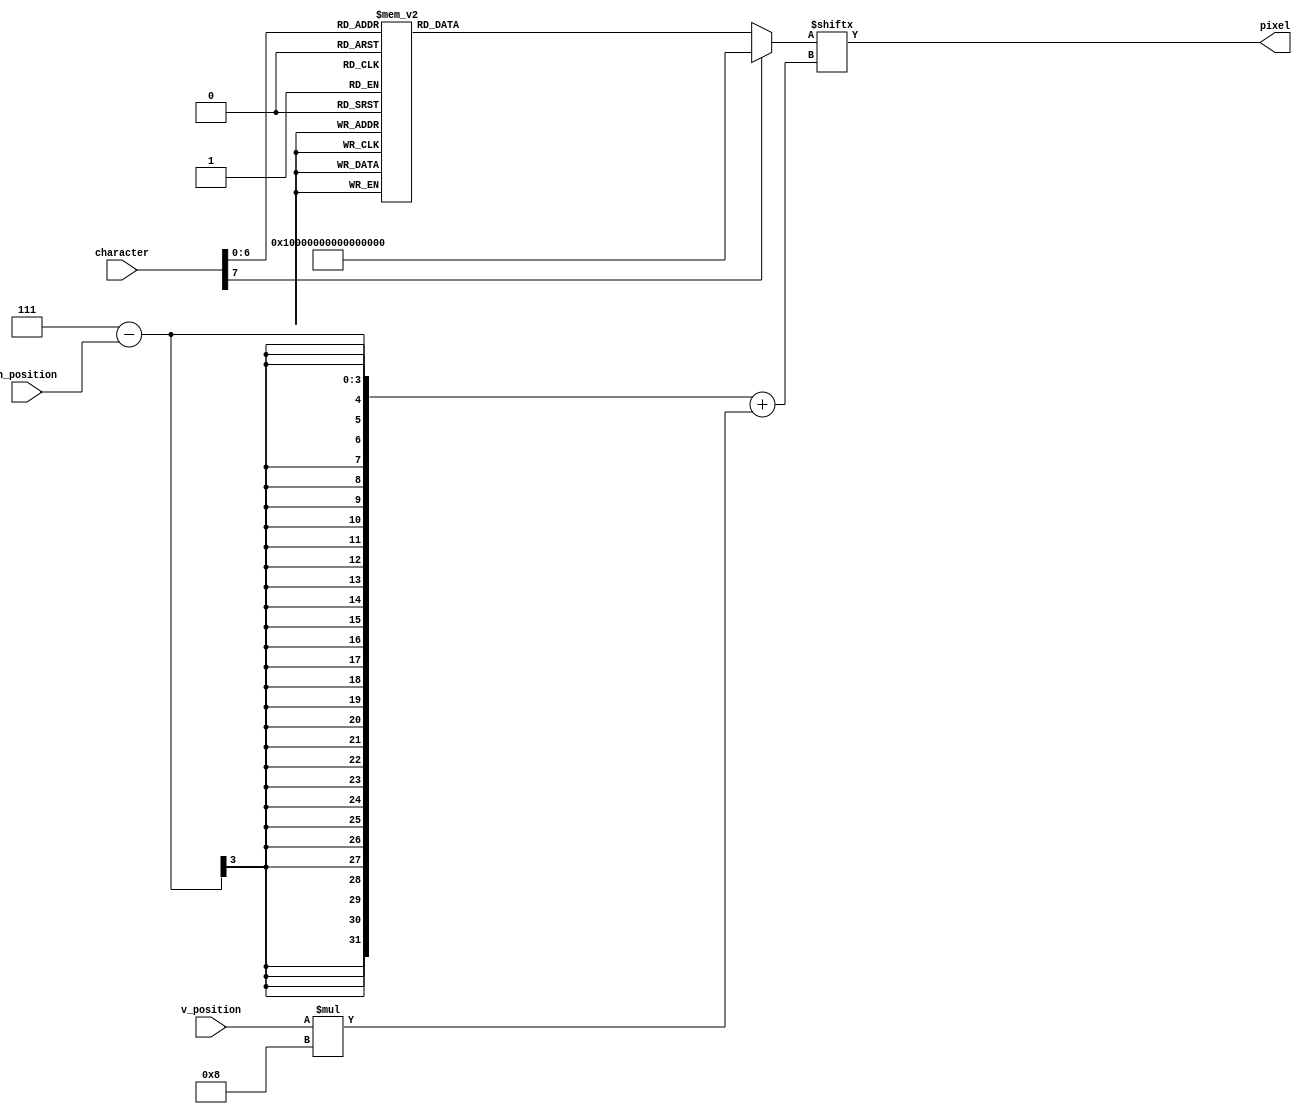
module character_lookup(character, h_position, v_position, pixel);
	// this module is based on Tim Hollabach's (former student) peripheral project from Comp Arch 2018
    input [7:0] character;
    input [2:0] h_position;
    input [2:0] v_position;

    output pixel;

    reg [63:0] character_data;
	 
	 // this module is basically a 64-bit 128-to-1 mux with the character code (8-bit) being the select and the output being the character data
	 // then a 1-bit 64-to-1 mux selects the bit within the 64-bits of character data based on the h_position and v_position
	 
	 // @todo convert this to actually be implemented with a 64-bit 128-to-1 mux and a 1-bit 64-to-1 mux
	 
	 // character data for some ASCII characters
	 // note _ and the following character have been replaced with a visual represantation of a 0 and 1 (off and on)
    always @ (character) begin
        case (character)
            8'd0: begin
                character_data[07:00] <= 8'b10100000;
                character_data[15:08] <= 8'b11100000;
                character_data[23:16] <= 8'b10100000;
                character_data[31:24] <= 8'b00101000;
                character_data[39:32] <= 8'b00101000;
                character_data[47:40] <= 8'b00010100;
                character_data[55:48] <= 8'b00000100;
                character_data[63:56] <= 8'b00000111;
            end

            8'd32: begin
                character_data[07:00] <= 8'b00000000;
                character_data[15:08] <= 8'b00000000;
                character_data[23:16] <= 8'b00000000;
                character_data[31:24] <= 8'b00000000;
                character_data[39:32] <= 8'b00000000;
                character_data[47:40] <= 8'b00000000;
                character_data[55:48] <= 8'b00000000;
                character_data[63:56] <= 8'b00000000;
            end

            8'd33: begin
                character_data[07:00] <= 8'b00000000;
                character_data[15:08] <= 8'b00100000;
                character_data[23:16] <= 8'b00100000;
                character_data[31:24] <= 8'b00100000;
                character_data[39:32] <= 8'b00000000;
                character_data[47:40] <= 8'b00100000;
                character_data[55:48] <= 8'b00000000;
                character_data[63:56] <= 8'b00000000;
            end

            8'd34: begin
                character_data[07:00] <= 8'b00000000;
                character_data[15:08] <= 8'b00101000;
                character_data[23:16] <= 8'b00101000;
                character_data[31:24] <= 8'b00000000;
                character_data[39:32] <= 8'b00000000;
                character_data[47:40] <= 8'b00000000;
                character_data[55:48] <= 8'b00000000;
                character_data[63:56] <= 8'b00000000;
            end

            8'd35: begin
                character_data[07:00] <= 8'b00000000;
                character_data[15:08] <= 8'b00101000;
                character_data[23:16] <= 8'b01111100;
                character_data[31:24] <= 8'b00101000;
                character_data[39:32] <= 8'b01111100;
                character_data[47:40] <= 8'b00101000;
                character_data[55:48] <= 8'b00000000;
                character_data[63:56] <= 8'b00000000;
            end

            8'd36: begin
                character_data[07:00] <= 8'b00000000;
                character_data[15:08] <= 8'b00111100;
                character_data[23:16] <= 8'b01010000;
                character_data[31:24] <= 8'b00111000;
                character_data[39:32] <= 8'b00010100;
                character_data[47:40] <= 8'b00111000;
                character_data[55:48] <= 8'b00000000;
                character_data[63:56] <= 8'b00000000;
            end

            8'd37: begin
                character_data[07:00] <= 8'b00000000;
                character_data[15:08] <= 8'b01000100;
                character_data[23:16] <= 8'b00001000;
                character_data[31:24] <= 8'b00010000;
                character_data[39:32] <= 8'b00100000;
                character_data[47:40] <= 8'b01000100;
                character_data[55:48] <= 8'b00000000;
                character_data[63:56] <= 8'b00000000;
            end

            8'd38: begin
                character_data[07:00] <= 8'b00000000;
                character_data[15:08] <= 8'b00110000;
                character_data[23:16] <= 8'b01000000;
                character_data[31:24] <= 8'b00110000;
                character_data[39:32] <= 8'b01001100;
                character_data[47:40] <= 8'b00111000;
                character_data[55:48] <= 8'b00000000;
                character_data[63:56] <= 8'b00000000;
            end

            8'd39: begin
                character_data[07:00] <= 8'b00000000;
                character_data[15:08] <= 8'b00010000;
                character_data[23:16] <= 8'b00010000;
                character_data[31:24] <= 8'b00000000;
                character_data[39:32] <= 8'b00000000;
                character_data[47:40] <= 8'b00000000;
                character_data[55:48] <= 8'b00000000;
                character_data[63:56] <= 8'b00000000;
            end

            8'd40: begin
                character_data[07:00] <= 8'b00000000;
                character_data[15:08] <= 8'b00010000;
                character_data[23:16] <= 8'b00100000;
                character_data[31:24] <= 8'b00100000;
                character_data[39:32] <= 8'b00100000;
                character_data[47:40] <= 8'b00010000;
                character_data[55:48] <= 8'b00000000;
                character_data[63:56] <= 8'b00000000;
            end

            8'd41: begin
                character_data[07:00] <= 8'b00000000;
                character_data[15:08] <= 8'b00100000;
                character_data[23:16] <= 8'b00010000;
                character_data[31:24] <= 8'b00010000;
                character_data[39:32] <= 8'b00010000;
                character_data[47:40] <= 8'b00100000;
                character_data[55:48] <= 8'b00000000;
                character_data[63:56] <= 8'b00000000;
            end

            8'd42: begin
                character_data[07:00] <= 8'b00000000;
                character_data[15:08] <= 8'b00101000;
                character_data[23:16] <= 8'b00010000;
                character_data[31:24] <= 8'b00101000;
                character_data[39:32] <= 8'b00000000;
                character_data[47:40] <= 8'b00000000;
                character_data[55:48] <= 8'b00000000;
                character_data[63:56] <= 8'b00000000;
            end

            8'd43: begin
                character_data[07:00] <= 8'b00000000;
                character_data[15:08] <= 8'b00000000;
                character_data[23:16] <= 8'b00010000;
                character_data[31:24] <= 8'b00111000;
                character_data[39:32] <= 8'b00010000;
                character_data[47:40] <= 8'b00000000;
                character_data[55:48] <= 8'b00000000;
                character_data[63:56] <= 8'b00000000;
            end

            8'd44: begin
                character_data[07:00] <= 8'b00000000;
                character_data[15:08] <= 8'b00000000;
                character_data[23:16] <= 8'b00000000;
                character_data[31:24] <= 8'b00000000;
                character_data[39:32] <= 8'b00000000;
                character_data[47:40] <= 8'b00100000;
                character_data[55:48] <= 8'b00100000;
                character_data[63:56] <= 8'b01000000;
            end

            8'd45: begin
                character_data[07:00] <= 8'b00000000;
                character_data[15:08] <= 8'b00000000;
                character_data[23:16] <= 8'b00000000;
                character_data[31:24] <= 8'b00111000;
                character_data[39:32] <= 8'b00000000;
                character_data[47:40] <= 8'b00000000;
                character_data[55:48] <= 8'b00000000;
                character_data[63:56] <= 8'b00000000;
            end

            8'd46: begin
                character_data[07:00] <= 8'b00000000;
                character_data[15:08] <= 8'b00000000;
                character_data[23:16] <= 8'b00000000;
                character_data[31:24] <= 8'b00000000;
                character_data[39:32] <= 8'b00000000;
                character_data[47:40] <= 8'b00100000;
                character_data[55:48] <= 8'b00000000;
                character_data[63:56] <= 8'b00000000;
            end

            8'd47: begin
                character_data[07:00] <= 8'b00000000;
                character_data[15:08] <= 8'b00000100;
                character_data[23:16] <= 8'b00001000;
                character_data[31:24] <= 8'b00010000;
                character_data[39:32] <= 8'b00100000;
                character_data[47:40] <= 8'b01000000;
                character_data[55:48] <= 8'b00000000;
                character_data[63:56] <= 8'b00000000;
            end

            8'd48: begin
                character_data[07:00] <= 8'b00000000;
                character_data[15:08] <= 8'b00111000;
                character_data[23:16] <= 8'b01000100;
                character_data[31:24] <= 8'b01000100;
                character_data[39:32] <= 8'b01000100;
                character_data[47:40] <= 8'b00111000;
                character_data[55:48] <= 8'b00000000;
                character_data[63:56] <= 8'b00000000;
            end

            8'd49: begin
                character_data[07:00] <= 8'b00000000;
                character_data[15:08] <= 8'b00110000;
                character_data[23:16] <= 8'b01010000;
                character_data[31:24] <= 8'b00010000;
                character_data[39:32] <= 8'b00010000;
                character_data[47:40] <= 8'b01111100;
                character_data[55:48] <= 8'b00000000;
                character_data[63:56] <= 8'b00000000;
            end

            8'd50: begin
                character_data[07:00] <= 8'b00000000;
                character_data[15:08] <= 8'b00111000;
                character_data[23:16] <= 8'b01000100;
                character_data[31:24] <= 8'b00011000;
                character_data[39:32] <= 8'b00100000;
                character_data[47:40] <= 8'b01111100;
                character_data[55:48] <= 8'b00000000;
                character_data[63:56] <= 8'b00000000;
            end

            8'd51: begin
                character_data[07:00] <= 8'b00000000;
                character_data[15:08] <= 8'b01110000;
                character_data[23:16] <= 8'b00001000;
                character_data[31:24] <= 8'b00110000;
                character_data[39:32] <= 8'b00001000;
                character_data[47:40] <= 8'b01110000;
                character_data[55:48] <= 8'b00000000;
                character_data[63:56] <= 8'b00000000;
            end

            8'd52: begin
                character_data[07:00] <= 8'b00000000;
                character_data[15:08] <= 8'b01000100;
                character_data[23:16] <= 8'b01000100;
                character_data[31:24] <= 8'b01111100;
                character_data[39:32] <= 8'b00000100;
                character_data[47:40] <= 8'b00000100;
                character_data[55:48] <= 8'b00000000;
                character_data[63:56] <= 8'b00000000;
            end

            8'd53: begin
                character_data[07:00] <= 8'b00000000;
                character_data[15:08] <= 8'b01111100;
                character_data[23:16] <= 8'b01000000;
                character_data[31:24] <= 8'b01111000;
                character_data[39:32] <= 8'b00000100;
                character_data[47:40] <= 8'b01111000;
                character_data[55:48] <= 8'b00000000;
                character_data[63:56] <= 8'b00000000;
            end

            8'd54: begin
                character_data[07:00] <= 8'b00000000;
                character_data[15:08] <= 8'b00111000;
                character_data[23:16] <= 8'b01000000;
                character_data[31:24] <= 8'b01111000;
                character_data[39:32] <= 8'b01000100;
                character_data[47:40] <= 8'b00111000;
                character_data[55:48] <= 8'b00000000;
                character_data[63:56] <= 8'b00000000;
            end

            8'd55: begin
                character_data[07:00] <= 8'b00000000;
                character_data[15:08] <= 8'b01111100;
                character_data[23:16] <= 8'b00001000;
                character_data[31:24] <= 8'b00010000;
                character_data[39:32] <= 8'b00010000;
                character_data[47:40] <= 8'b00010000;
                character_data[55:48] <= 8'b00000000;
                character_data[63:56] <= 8'b00000000;
            end

            8'd56: begin
                character_data[07:00] <= 8'b00000000;
                character_data[15:08] <= 8'b00111000;
                character_data[23:16] <= 8'b01000100;
                character_data[31:24] <= 8'b00111000;
                character_data[39:32] <= 8'b01000100;
                character_data[47:40] <= 8'b00111000;
                character_data[55:48] <= 8'b00000000;
                character_data[63:56] <= 8'b00000000;
            end

            8'd57: begin
                character_data[07:00] <= 8'b00000000;
                character_data[15:08] <= 8'b00111000;
                character_data[23:16] <= 8'b01000100;
                character_data[31:24] <= 8'b00111100;
                character_data[39:32] <= 8'b00000100;
                character_data[47:40] <= 8'b00111000;
                character_data[55:48] <= 8'b00000000;
                character_data[63:56] <= 8'b00000000;
            end

            8'd58: begin
                character_data[07:00] <= 8'b00000000;
                character_data[15:08] <= 8'b00000000;
                character_data[23:16] <= 8'b00010000;
                character_data[31:24] <= 8'b00000000;
                character_data[39:32] <= 8'b00010000;
                character_data[47:40] <= 8'b00000000;
                character_data[55:48] <= 8'b00000000;
                character_data[63:56] <= 8'b00000000;
            end

            8'd59: begin
                character_data[07:00] <= 8'b00000000;
                character_data[15:08] <= 8'b00000000;
                character_data[23:16] <= 8'b00010000;
                character_data[31:24] <= 8'b00000000;
                character_data[39:32] <= 8'b00010000;
                character_data[47:40] <= 8'b00010000;
                character_data[55:48] <= 8'b00100000;
                character_data[63:56] <= 8'b00000000;
            end

            8'd60: begin
                character_data[07:00] <= 8'b00000000;
                character_data[15:08] <= 8'b00001000;
                character_data[23:16] <= 8'b00110000;
                character_data[31:24] <= 8'b01000000;
                character_data[39:32] <= 8'b00110000;
                character_data[47:40] <= 8'b00001000;
                character_data[55:48] <= 8'b00000000;
                character_data[63:56] <= 8'b00000000;
            end

            8'd61: begin
                character_data[07:00] <= 8'b00000000;
                character_data[15:08] <= 8'b00000000;
                character_data[23:16] <= 8'b01111100;
                character_data[31:24] <= 8'b00000000;
                character_data[39:32] <= 8'b01111100;
                character_data[47:40] <= 8'b00000000;
                character_data[55:48] <= 8'b00000000;
                character_data[63:56] <= 8'b00000000;
            end

            8'd62: begin
                character_data[07:00] <= 8'b00000000;
                character_data[15:08] <= 8'b01000000;
                character_data[23:16] <= 8'b00110000;
                character_data[31:24] <= 8'b00001000;
                character_data[39:32] <= 8'b00110000;
                character_data[47:40] <= 8'b01000000;
                character_data[55:48] <= 8'b00000000;
                character_data[63:56] <= 8'b00000000;
            end

            8'd63: begin
                character_data[07:00] <= 8'b00000000;
                character_data[15:08] <= 8'b00110000;
                character_data[23:16] <= 8'b01001000;
                character_data[31:24] <= 8'b00010000;
                character_data[39:32] <= 8'b00000000;
                character_data[47:40] <= 8'b00010000;
                character_data[55:48] <= 8'b00000000;
                character_data[63:56] <= 8'b00000000;
            end

            8'd64: begin
                character_data[07:00] <= 8'b00000000;
                character_data[15:08] <= 8'b00111000;
                character_data[23:16] <= 8'b01000100;
                character_data[31:24] <= 8'b01011100;
                character_data[39:32] <= 8'b01010100;
                character_data[47:40] <= 8'b01011100;
                character_data[55:48] <= 8'b00000000;
                character_data[63:56] <= 8'b00000000;
            end

            8'd65: begin
                character_data[07:00] <= 8'b00000000;
                character_data[15:08] <= 8'b00111000;
                character_data[23:16] <= 8'b01000100;
                character_data[31:24] <= 8'b01111100;
                character_data[39:32] <= 8'b01000100;
                character_data[47:40] <= 8'b01000100;
                character_data[55:48] <= 8'b00000000;
                character_data[63:56] <= 8'b00000000;
            end

            8'd66: begin
                character_data[07:00] <= 8'b00000000;
                character_data[15:08] <= 8'b01111000;
                character_data[23:16] <= 8'b01000100;
                character_data[31:24] <= 8'b01111000;
                character_data[39:32] <= 8'b01000100;
                character_data[47:40] <= 8'b01111000;
                character_data[55:48] <= 8'b00000000;
                character_data[63:56] <= 8'b00000000;
            end

            8'd67: begin
                character_data[07:00] <= 8'b00000000;
                character_data[15:08] <= 8'b00111000;
                character_data[23:16] <= 8'b01000000;
                character_data[31:24] <= 8'b01000000;
                character_data[39:32] <= 8'b01000000;
                character_data[47:40] <= 8'b00111000;
                character_data[55:48] <= 8'b00000000;
                character_data[63:56] <= 8'b00000000;
            end

            8'd68: begin
                character_data[07:00] <= 8'b00000000;
                character_data[15:08] <= 8'b01111000;
                character_data[23:16] <= 8'b01000100;
                character_data[31:24] <= 8'b01000100;
                character_data[39:32] <= 8'b01000100;
                character_data[47:40] <= 8'b01111000;
                character_data[55:48] <= 8'b00000000;
                character_data[63:56] <= 8'b00000000;
            end

            8'd69: begin
                character_data[07:00] <= 8'b00000000;
                character_data[15:08] <= 8'b01111100;
                character_data[23:16] <= 8'b01000000;
                character_data[31:24] <= 8'b01111000;
                character_data[39:32] <= 8'b01000000;
                character_data[47:40] <= 8'b01111100;
                character_data[55:48] <= 8'b00000000;
                character_data[63:56] <= 8'b00000000;
            end

            8'd70: begin
                character_data[07:00] <= 8'b00000000;
                character_data[15:08] <= 8'b01111100;
                character_data[23:16] <= 8'b01000000;
                character_data[31:24] <= 8'b01111000;
                character_data[39:32] <= 8'b01000000;
                character_data[47:40] <= 8'b01000000;
                character_data[55:48] <= 8'b00000000;
                character_data[63:56] <= 8'b00000000;
            end

            8'd71: begin
                character_data[07:00] <= 8'b00000000;
                character_data[15:08] <= 8'b00111000;
                character_data[23:16] <= 8'b01000000;
                character_data[31:24] <= 8'b01011100;
                character_data[39:32] <= 8'b01000100;
                character_data[47:40] <= 8'b00111100;
                character_data[55:48] <= 8'b00000000;
                character_data[63:56] <= 8'b00000000;
            end

            8'd72: begin
                character_data[07:00] <= 8'b00000000;
                character_data[15:08] <= 8'b01000100;
                character_data[23:16] <= 8'b01000100;
                character_data[31:24] <= 8'b01111100;
                character_data[39:32] <= 8'b01000100;
                character_data[47:40] <= 8'b01000100;
                character_data[55:48] <= 8'b00000000;
                character_data[63:56] <= 8'b00000000;
            end

            8'd73: begin
                character_data[07:00] <= 8'b00000000;
                character_data[15:08] <= 8'b01111100;
                character_data[23:16] <= 8'b00010000;
                character_data[31:24] <= 8'b00010000;
                character_data[39:32] <= 8'b00010000;
                character_data[47:40] <= 8'b01111100;
                character_data[55:48] <= 8'b00000000;
                character_data[63:56] <= 8'b00000000;
            end

            8'd74: begin
                character_data[07:00] <= 8'b00000000;
                character_data[15:08] <= 8'b00111100;
                character_data[23:16] <= 8'b00000100;
                character_data[31:24] <= 8'b00000100;
                character_data[39:32] <= 8'b01000100;
                character_data[47:40] <= 8'b00111000;
                character_data[55:48] <= 8'b00000000;
                character_data[63:56] <= 8'b00000000;
            end

            8'd75: begin
                character_data[07:00] <= 8'b00000000;
                character_data[15:08] <= 8'b01000100;
                character_data[23:16] <= 8'b01001000;
                character_data[31:24] <= 8'b01110000;
                character_data[39:32] <= 8'b01001000;
                character_data[47:40] <= 8'b01000100;
                character_data[55:48] <= 8'b00000000;
                character_data[63:56] <= 8'b00000000;
            end

            8'd76: begin
                character_data[07:00] <= 8'b00000000;
                character_data[15:08] <= 8'b01000000;
                character_data[23:16] <= 8'b01000000;
                character_data[31:24] <= 8'b01000000;
                character_data[39:32] <= 8'b01000000;
                character_data[47:40] <= 8'b01111100;
                character_data[55:48] <= 8'b00000000;
                character_data[63:56] <= 8'b00000000;
            end

            8'd77: begin
                character_data[07:00] <= 8'b00000000;
                character_data[15:08] <= 8'b00101000;
                character_data[23:16] <= 8'b01111100;
                character_data[31:24] <= 8'b01010100;
                character_data[39:32] <= 8'b01010100;
                character_data[47:40] <= 8'b01010100;
                character_data[55:48] <= 8'b00000000;
                character_data[63:56] <= 8'b00000000;
            end

            8'd78: begin
                character_data[07:00] <= 8'b00000000;
                character_data[15:08] <= 8'b01000100;
                character_data[23:16] <= 8'b01100100;
                character_data[31:24] <= 8'b01010100;
                character_data[39:32] <= 8'b01001100;
                character_data[47:40] <= 8'b01000100;
                character_data[55:48] <= 8'b00000000;
                character_data[63:56] <= 8'b00000000;
            end

            8'd79: begin
                character_data[07:00] <= 8'b00000000;
                character_data[15:08] <= 8'b00111000;
                character_data[23:16] <= 8'b01000100;
                character_data[31:24] <= 8'b01000100;
                character_data[39:32] <= 8'b01000100;
                character_data[47:40] <= 8'b00111000;
                character_data[55:48] <= 8'b00000000;
                character_data[63:56] <= 8'b00000000;
            end

            8'd80: begin
                character_data[07:00] <= 8'b00000000;
                character_data[15:08] <= 8'b01111000;
                character_data[23:16] <= 8'b01000100;
                character_data[31:24] <= 8'b01111000;
                character_data[39:32] <= 8'b01000000;
                character_data[47:40] <= 8'b01000000;
                character_data[55:48] <= 8'b00000000;
                character_data[63:56] <= 8'b00000000;
            end

            8'd81: begin
                character_data[07:00] <= 8'b00000000;
                character_data[15:08] <= 8'b00111000;
                character_data[23:16] <= 8'b01000100;
                character_data[31:24] <= 8'b01000100;
                character_data[39:32] <= 8'b01001100;
                character_data[47:40] <= 8'b00111100;
                character_data[55:48] <= 8'b00000000;
                character_data[63:56] <= 8'b00000000;
            end

            8'd82: begin
                character_data[07:00] <= 8'b00000000;
                character_data[15:08] <= 8'b01111000;
                character_data[23:16] <= 8'b01000100;
                character_data[31:24] <= 8'b01111000;
                character_data[39:32] <= 8'b01000100;
                character_data[47:40] <= 8'b01000100;
                character_data[55:48] <= 8'b00000000;
                character_data[63:56] <= 8'b00000000;
            end

            8'd83: begin
                character_data[07:00] <= 8'b00000000;
                character_data[15:08] <= 8'b00111000;
                character_data[23:16] <= 8'b01000000;
                character_data[31:24] <= 8'b00111000;
                character_data[39:32] <= 8'b00000100;
                character_data[47:40] <= 8'b00111000;
                character_data[55:48] <= 8'b00000000;
                character_data[63:56] <= 8'b00000000;
            end

            8'd84: begin
                character_data[07:00] <= 8'b00000000;
                character_data[15:08] <= 8'b01111100;
                character_data[23:16] <= 8'b00010000;
                character_data[31:24] <= 8'b00010000;
                character_data[39:32] <= 8'b00010000;
                character_data[47:40] <= 8'b00010000;
                character_data[55:48] <= 8'b00000000;
                character_data[63:56] <= 8'b00000000;
            end

            8'd85: begin
                character_data[07:00] <= 8'b00000000;
                character_data[15:08] <= 8'b01000100;
                character_data[23:16] <= 8'b01000100;
                character_data[31:24] <= 8'b01000100;
                character_data[39:32] <= 8'b01000100;
                character_data[47:40] <= 8'b00111000;
                character_data[55:48] <= 8'b00000000;
                character_data[63:56] <= 8'b00000000;
            end

            8'd86: begin
                character_data[07:00] <= 8'b00000000;
                character_data[15:08] <= 8'b01000100;
                character_data[23:16] <= 8'b01000100;
                character_data[31:24] <= 8'b01000100;
                character_data[39:32] <= 8'b00101000;
                character_data[47:40] <= 8'b00010000;
                character_data[55:48] <= 8'b00000000;
                character_data[63:56] <= 8'b00000000;
            end

            8'd87: begin
                character_data[07:00] <= 8'b00000000;
                character_data[15:08] <= 8'b01000100;
                character_data[23:16] <= 8'b01000100;
                character_data[31:24] <= 8'b01010100;
                character_data[39:32] <= 8'b01010100;
                character_data[47:40] <= 8'b00101000;
                character_data[55:48] <= 8'b00000000;
                character_data[63:56] <= 8'b00000000;
            end

            8'd88: begin
                character_data[07:00] <= 8'b00000000;
                character_data[15:08] <= 8'b01000100;
                character_data[23:16] <= 8'b00101000;
                character_data[31:24] <= 8'b00010000;
                character_data[39:32] <= 8'b00101000;
                character_data[47:40] <= 8'b01000100;
                character_data[55:48] <= 8'b00000000;
                character_data[63:56] <= 8'b00000000;
            end

            8'd89: begin
                character_data[07:00] <= 8'b00000000;
                character_data[15:08] <= 8'b01000100;
                character_data[23:16] <= 8'b00101000;
                character_data[31:24] <= 8'b00010000;
                character_data[39:32] <= 8'b00010000;
                character_data[47:40] <= 8'b00010000;
                character_data[55:48] <= 8'b00000000;
                character_data[63:56] <= 8'b00000000;
            end

            8'd90: begin
                character_data[07:00] <= 8'b00000000;
                character_data[15:08] <= 8'b01111100;
                character_data[23:16] <= 8'b00001000;
                character_data[31:24] <= 8'b00010000;
                character_data[39:32] <= 8'b00100000;
                character_data[47:40] <= 8'b01111100;
                character_data[55:48] <= 8'b00000000;
                character_data[63:56] <= 8'b00000000;
            end
				
				8'd95: begin // normally _ but highjacked for 0 bits
                character_data[07:00] <= 8'b00000000;
                character_data[15:08] <= 8'b01111100;
                character_data[23:16] <= 8'b01000100;
                character_data[31:24] <= 8'b01000100;
                character_data[39:32] <= 8'b01000100;
                character_data[47:40] <= 8'b01111100;
                character_data[55:48] <= 8'b00000000;
                character_data[63:56] <= 8'b00000000;
            end
				
				8'd96: begin // normally _ but highjacked for 1 bits
                character_data[07:00] <= 8'b00000000;
                character_data[15:08] <= 8'b01111100;
                character_data[23:16] <= 8'b01111100;
                character_data[31:24] <= 8'b01111100;
                character_data[39:32] <= 8'b01111100;
                character_data[47:40] <= 8'b01111100;
                character_data[55:48] <= 8'b00000000;
                character_data[63:56] <= 8'b00000000;
            end

            default: begin
                character_data[07:00] <= 8'b11111111;
                character_data[15:08] <= 8'b11111111;
                character_data[23:16] <= 8'b11111111;
                character_data[31:24] <= 8'b11111111;
                character_data[39:32] <= 8'b11111111;
                character_data[47:40] <= 8'b11111111;
                character_data[55:48] <= 8'b11111111;
                character_data[63:56] <= 8'b11111111;
            end
        endcase
    end
	 
	 // bahavior implementation of the 64-to-1 1-bit mux to select the bit within the character to output
	 assign pixel = character_data[7-h_position + v_position*8];
endmodule